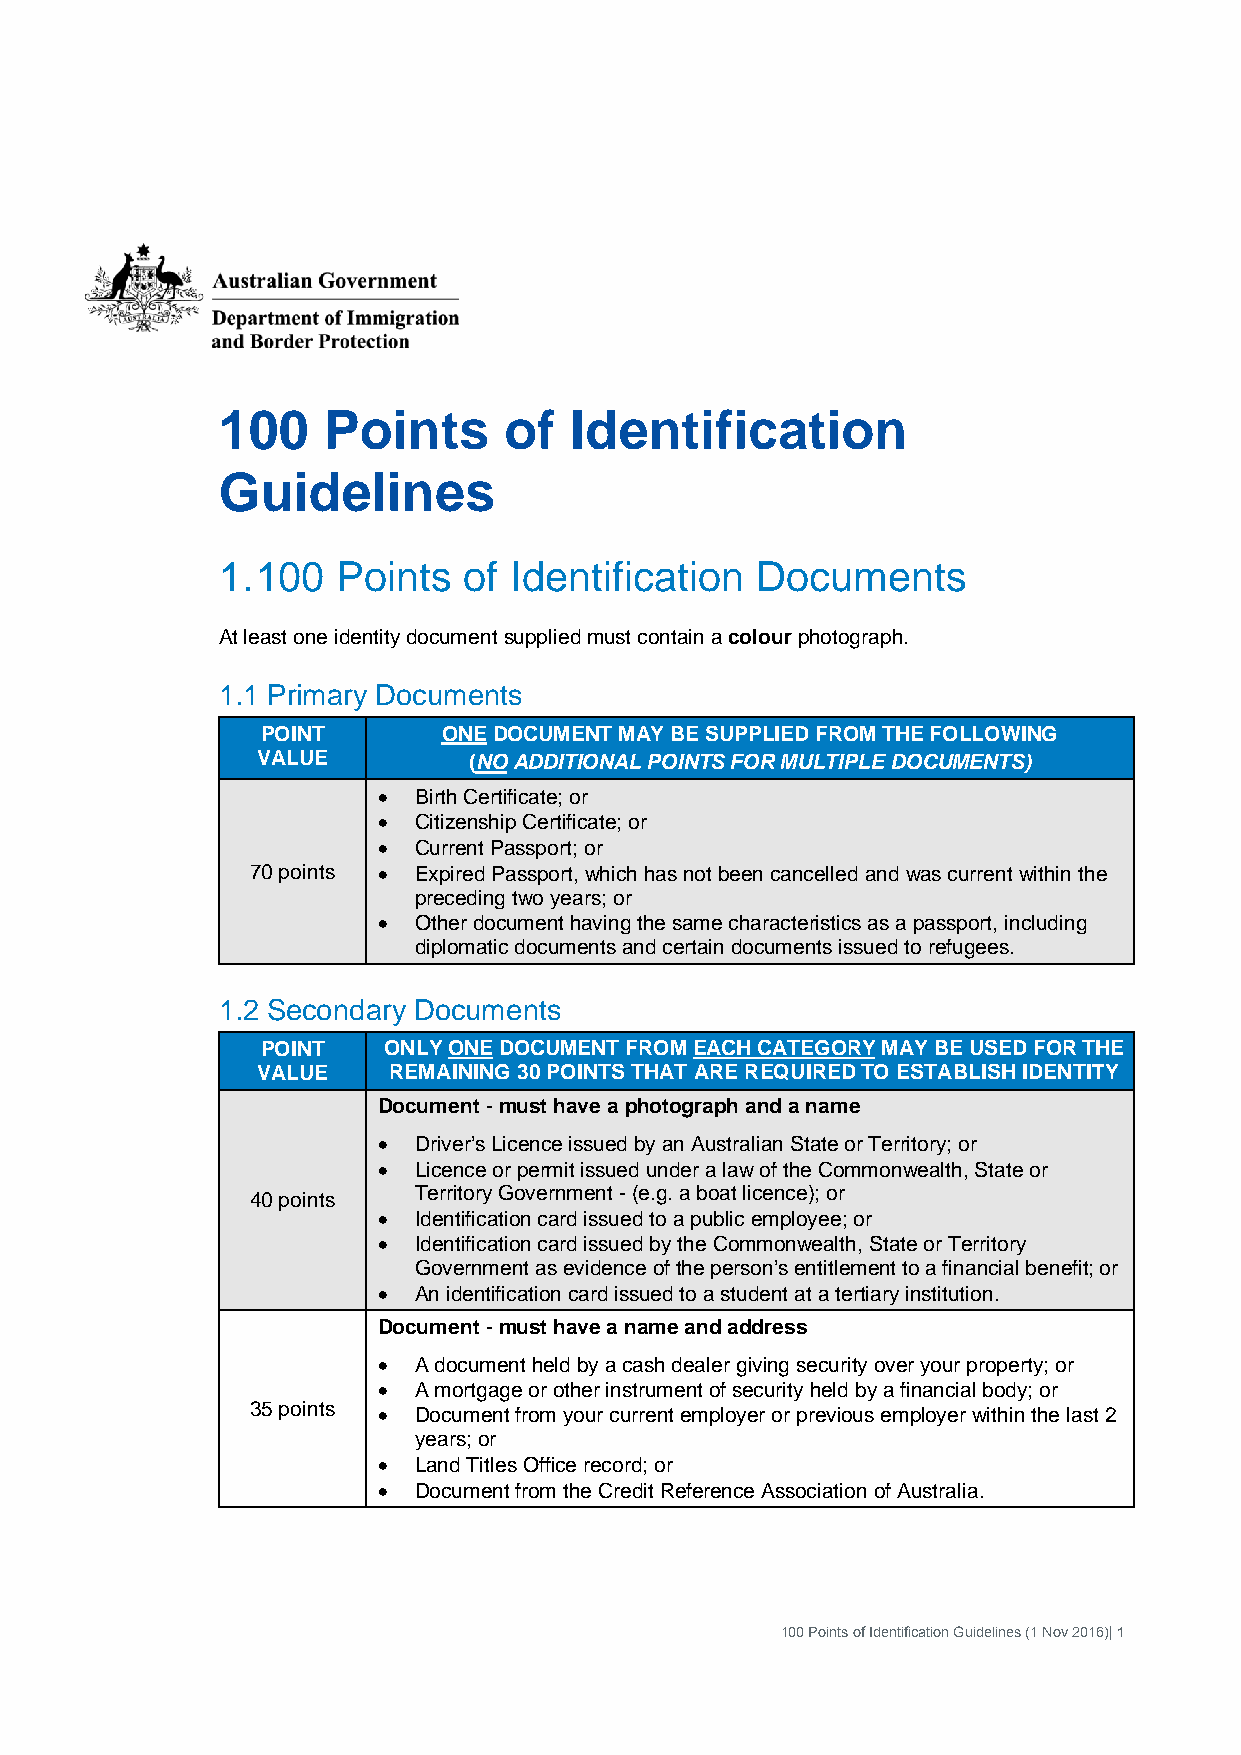
100    Points      of   Identification
 Guidelines
 1. 100  Points   of Identification  Documents
 At least one identity document supplied must contain a colour photograph.
 1.1 Primary Documents
 POINT       ONE DOCUMENT MAY BE SUPPLIED FROM THE FOLLOWING
 VALUE         (NO ADDITIONAL POINTS FOR MULTIPLE DOCUMENTS)
 • Birth Certificate; or
 • Citizenship Certificate; or
 • Current Passport; or
 70 points • Expired Passport, which has not been cancelled and was current within the
 preceding two years; or
 • Other document having the same characteristics as a passport, including
 diplomatic documents and certain documents issued to refugees.
 1.2 Secondary Documents
 POINT   ONLY ONE DOCUMENT FROM EACH CATEGORY MAY BE USED FOR THE
 VALUE    REMAINING 30 POINTS THAT ARE REQUIRED TO ESTABLISH IDENTITY
 Document - must have a photograph and a name
 • Driver’s Licence issued by an Australian State or Territory; or
 • Licence or permit issued under a law of the Commonwealth, State or
 Territory Government - (e.g. a boat licence); or
 40 points
 • Identification card issued to a public employee; or
 • Identification card issued by the Commonwealth, State or Territory
 Government as evidence of the person’s entitlement to a financial benefit; or
 • An identification card issued to a student at a tertiary institution.
 Document - must have a name and address
 • A document held by a cash dealer giving security over your property; or
 • A mortgage or other instrument of security held by a financial body; or
 35 points • Document from your current employer or previous employer within the last 2
 years; or
 • Land Titles Office record; or
 • Document from the Credit Reference Association of Australia.
 100 Points of Identification Guidelines (1 Nov 2016)| 1